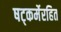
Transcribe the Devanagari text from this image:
षट्‍कर्मेरहित